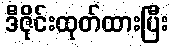
ဒီဇိုင်းထုတ်ထားပြီး